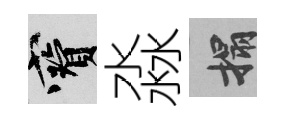
寶淼搨